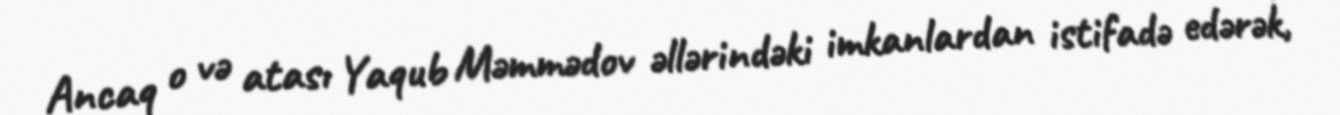
Ancaq o və atası Yaqub Məmmədov əllərindəki imkanlardan istifadə edərək,